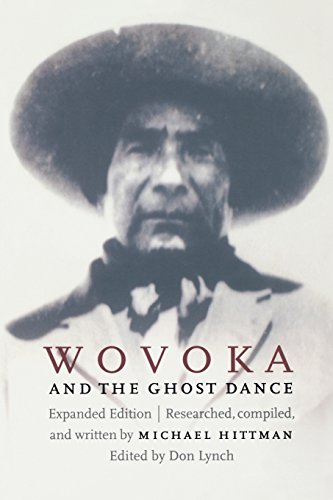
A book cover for Wovoka and the Ghost Dance (Expanded Edition); Michael Hittman; Biographies & Memoirs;